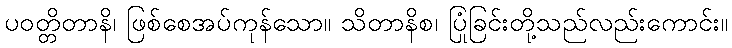
ပဝတ္တိတာနိ၊ ဖြစ်စေအပ်ကုန်သော။ သိတာနိစ၊ ပြုံခြင်းတို့သည်လည်းကောင်း။